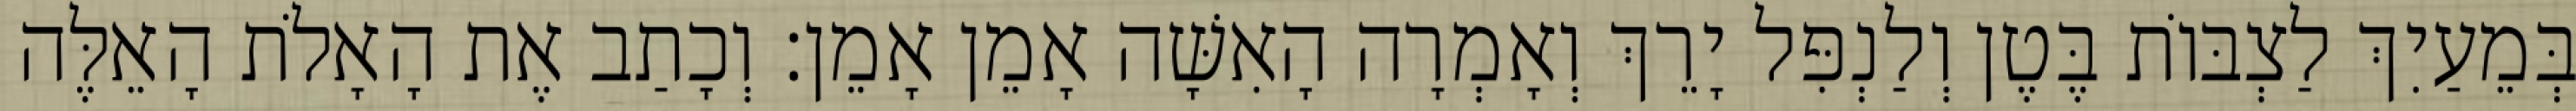
בְּמֵעַיִךְ לַצְבּוֹת בֶּטֶן וְלַנְפִּל יָרֵךְ וְאָמְרָה הָאִשָּׁה אָמֵן אָמֵן׃ וְכָתַב אֶת הָאָלֹת הָאֵלֶּה